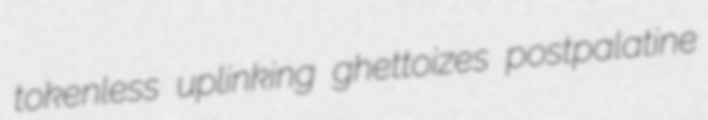
tokenless uplinking ghettoizes postpalatine